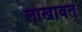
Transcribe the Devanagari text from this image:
लाखावत